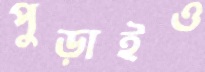
পুড়াইও